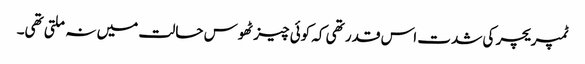
ٹمپریچر کی شدت اس قدر تھی کہ کوئی چیز ٹھوس حالت میں نہ ملتی تھی۔